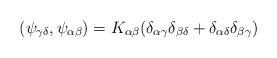
LaTeX: \begin{align*}(\psi_{\gamma\delta},\psi_{\alpha\beta})=K_{\alpha\beta}(\delta_{\alpha\gamma}\delta_{\beta\delta}+\delta_{\alpha\delta}\delta_{\beta\gamma}) \end{align*}